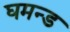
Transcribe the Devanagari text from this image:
घमन्ड